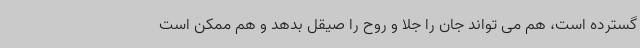
گسترده است، هم می تواند جان را جلا و روح را صیقل بدهد و هم ممکن است